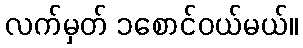
လက်မှတ် ၁စောင်ဝယ်မယ်။